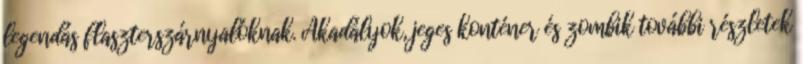
legendás flaszterszárnyalóknak. Akadályok, jeges konténer és zombik további részletek